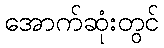
အောက်ဆုံးတွင်